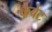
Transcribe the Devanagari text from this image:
कैबेट